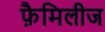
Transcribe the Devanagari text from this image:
फ़ैमिलीज